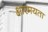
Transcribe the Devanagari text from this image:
क्षारमयता